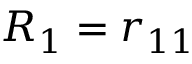
R _ { 1 } = r _ { 1 1 }